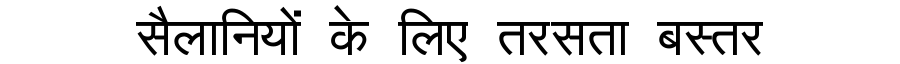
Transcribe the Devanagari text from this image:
सैलानियों के लिए तरसता बस्तर